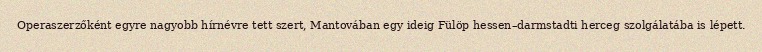
Operaszerzőként egyre nagyobb hírnévre tett szert, Mantovában egy ideig Fülöp hessen–darmstadti herceg szolgálatába is lépett.